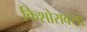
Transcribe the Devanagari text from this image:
किशोरावसा